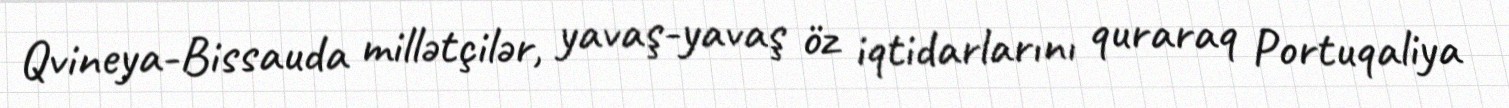
Qvineya-Bissauda millətçilər, yavaş-yavaş öz iqtidarlarını quraraq Portuqaliya